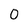
Character: 0